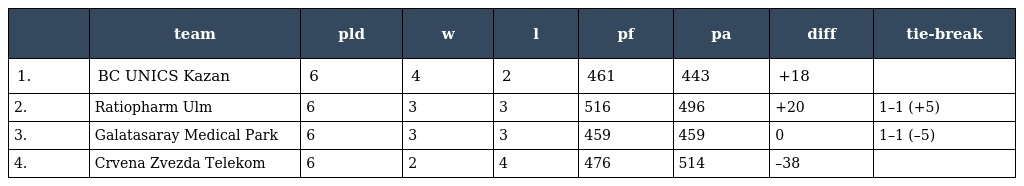
|  | team | pld | w | l | pf | pa | diff | tie-break |
 | --- | --- | --- | --- | --- | --- | --- | --- | --- |
 | 1. | BC UNICS Kazan | 6 | 4 | 2 | 461 | 443 | +18 |  |
 | 2. | Ratiopharm Ulm | 6 | 3 | 3 | 516 | 496 | +20 | 1–1 (+5) |
 | 3. | Galatasaray Medical Park | 6 | 3 | 3 | 459 | 459 | 0 | 1–1 (–5) |
 | 4. | Crvena Zvezda Telekom | 6 | 2 | 4 | 476 | 514 | –38 |  |